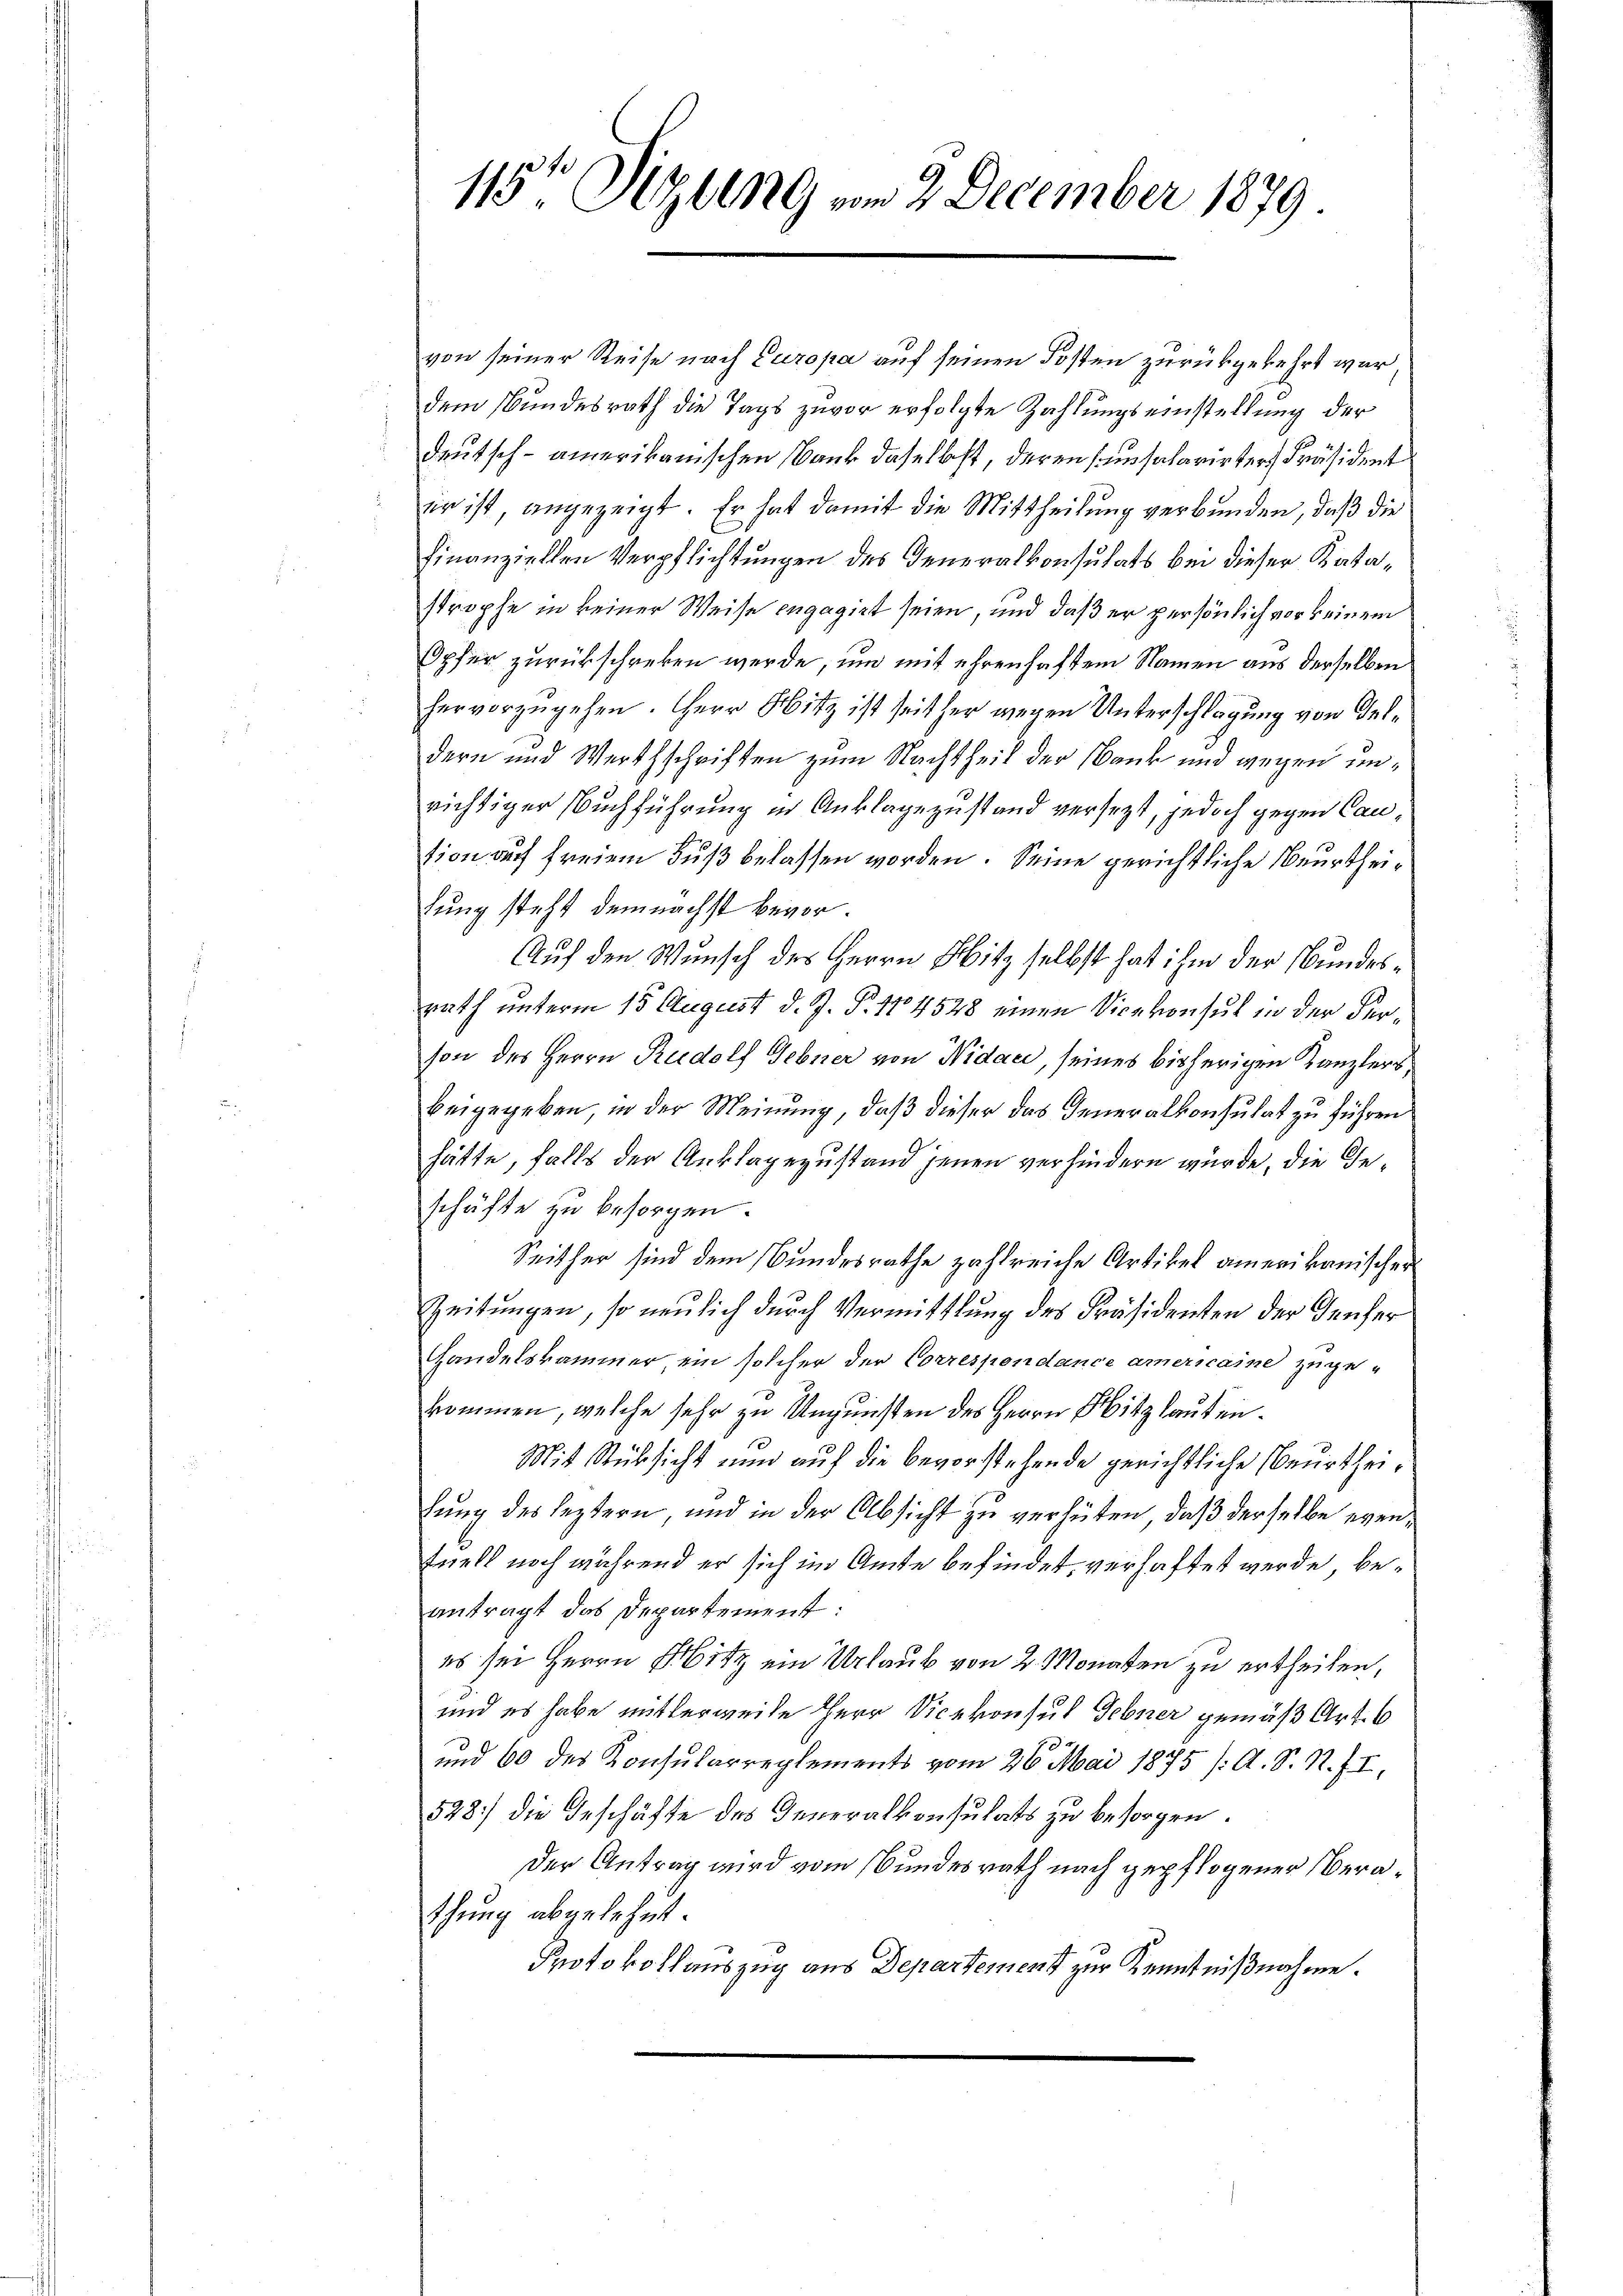
115ten Sizung vom 2 December 1879.

von seiner Reise nach Europa auf seinen Kosten zurückgekehrt war,
dem Bundesrath die Tags zuvor erfolgte Zahlungseinstellung der
deutsch - amerikanischen Bank daselbst, deren unsalarirter Präsident
er ist angezeigt. Er hat damit die Mittheilung verbunden, daß die
finanziellen Verpflichtungen des Generalkonsulats bei dieser Katastrophe in keiner Weise engagirt seien, und daß er persönlich vor keinem
Opfer zurückschreben werde, um mit ehrenhaftem Namen aus derselben
hervorzugehen. Herr Hitz ist seither wegen Unterschlagung von Geldern und Werthschriften zum Nachtheit der Bank und wegen unrichtiger Buchführung in Anklagezustand versezt, jedoch gegen Cantion auf freiem Fuß belassen worden. Seine gerichtliche Beurtheifung steht demnächst bevor¬
Auf den Wunsch des Herrn Mitz selbst hat ihm der Bundesrath unterm 15. August d. J. P. 114528 einen Vicekonsul in der Ferson des Herrn Rudolf Gebner von Nidace, seines bisherigen Kanzlers
beigegeben, in der Meinung, daß dieser das Generalkonsulat zu führen
hätte, falls der Anklagezustand jenen verhindern wurde, die Geschäfte zu besorgen.
Seither sind dem Bundesrathe zahlreiche Artikel amerikanischer
Zeitungen, so neulich durch Vermittlung des Präsidenten der Genfer
Handelskammer ein solcher der Correspondance americaine zuge-
kommen, welche sehr zu Ungunsten des Herrn Mitzlauten¬
Mit Rüksicht und auf die bevorstehende gerichtliche Beurtheihung des leztern, und in der Absicht zu verhüten, daß derselbe eventuell noch während er sich im Amte befindet, verhaftet werde, beantragt das Departement:
es sei Herrn Hitz ein Urlaub von 2 Monaten zu ertheilen,
und es habe mitlerweise Herr Vicekonsul Febner gemäß Art. 6
und 60 des Konsularreglements vom 26. Mai 1875 /A. S. R. II,
528) die Geschäfte des Generalkonsulats zu besorgen.
Der Antrag wird vom Bundesrath nach gepflogener Berathung abgelehnt.
Protokollauszug aus Departement zur Kenntnißnahme.